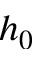
h _ { 0 }